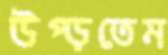
উপ্‌ড়তেম